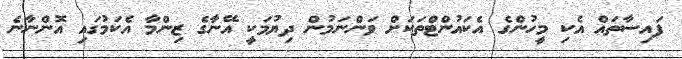
ފައިސާތައް އެކި މީހުންގެ އެކައުންޓްތަކަށް ވަންނަމުން ދިޔުމަކީ އޭނާގެ ޒިންމާ އެކަމުގައި އޮންނާނެ